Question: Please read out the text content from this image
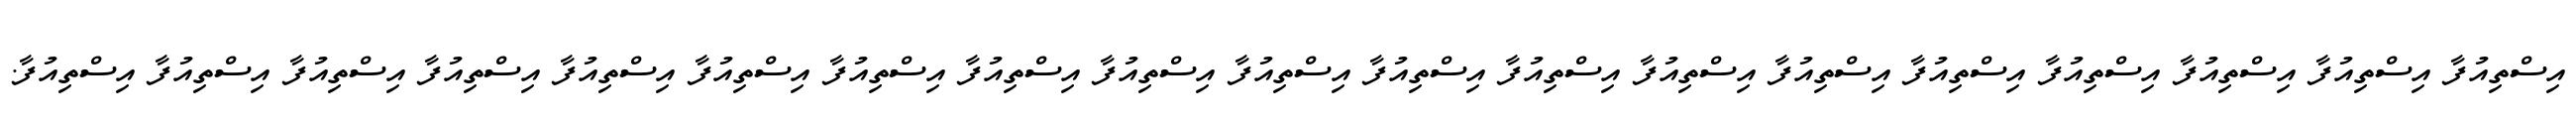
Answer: އިސްތިއުފާ އިސްތިއުފާ އިސްތިއުފާ އިސްތިއުފާ އިސްތިއުފާ އިސްތިއުފާ އިސްތިއުފާ އިސްތިއުފާ އިސްތިއުފާ އިސްތިއުފާ އިސްތިއުފާ އިސްތިއުފާ އިސްތިއުފާ އިސްތިއުފާ އިސްތިއުފާ އިސްތިއުފާ އިސްތިއުފާ އިސްތިއުފާ އިސްތިއުފާ.